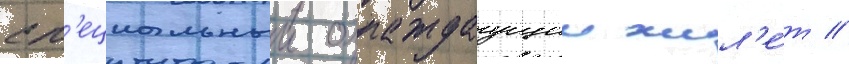
сп'ециальныи охлаждаущии жил'е́т //